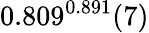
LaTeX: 0.809^{0.891}(7)